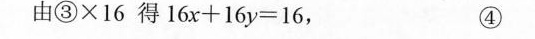
由③×16得$$1 6 x + 1 6 y = 1 6$$， ④